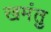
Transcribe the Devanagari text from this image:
खमंतु